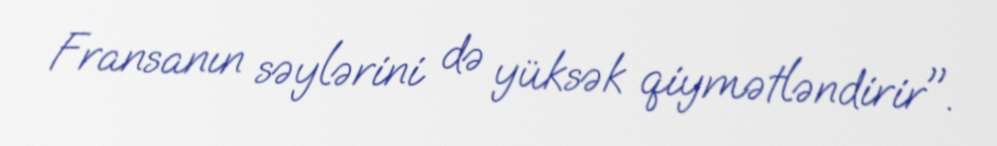
Fransanın səylərini də yüksək qiymətləndirir".